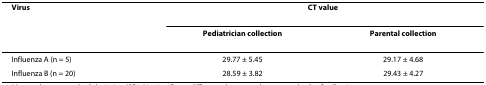
| Virus | <COLSPAN=2> CT value |
 |  | Pediatrician collection | Parental collection |
 | --- | --- | --- |
 | Influenza A (n = 5) | 29.77 ± 5.45 | 29.17 ± 4.68 |
 | Influenza B (n = 20) | 28.59 ± 3.82 | 29.43 ± 4.27 |